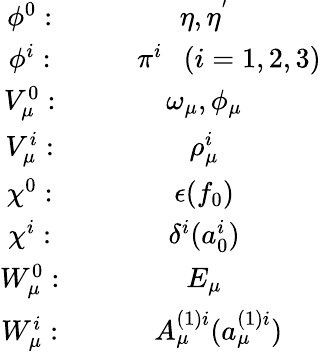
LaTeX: \begin{array}{cc}{{\phi^{0}:}}&{{\eta,\eta^{'}}}\\ {{\phi^{i}:}}&{{~~~~~~~\pi^{i}~~~(i=1,2,3)}}\\ {{V_{\mu}^{0}:}}&{{\omega_{\mu},\phi_{\mu}}}\\ {{V_{\mu}^{i}:}}&{{\rho_{\mu}^{i}}}\\ {{\chi^{0}:}}&{{\epsilon(f_{0})}}\\ {{\chi^{i}:}}&{{\delta^{i}(a_{0}^{i})}}\\ {{W_{\mu}^{0}:}}&{{E_{\mu}}}\\ {{W_{\mu}^{i}:}}&{{~~~~A_{\mu}^{(1)i}(a_{\mu}^{(1)i})}}\end{array}